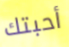
أحبتك